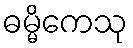
ဓမ္မိကေသု